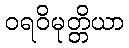
ဝရဝိမုတ္တိယာ